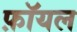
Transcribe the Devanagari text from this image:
फ़ॉयल